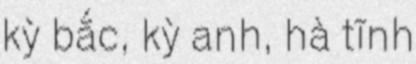
kỳ bắc, kỳ anh, hà tĩnh